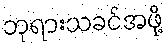
ဘုရားသခင်အဖို့